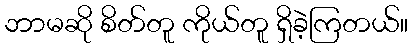
ဘာမဆို စိတ်တူ ကိုယ်တူ ရှိခဲ့ကြတယ်။